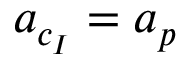
\boldsymbol { a } _ { c _ { I } } = \boldsymbol { a } _ { p }